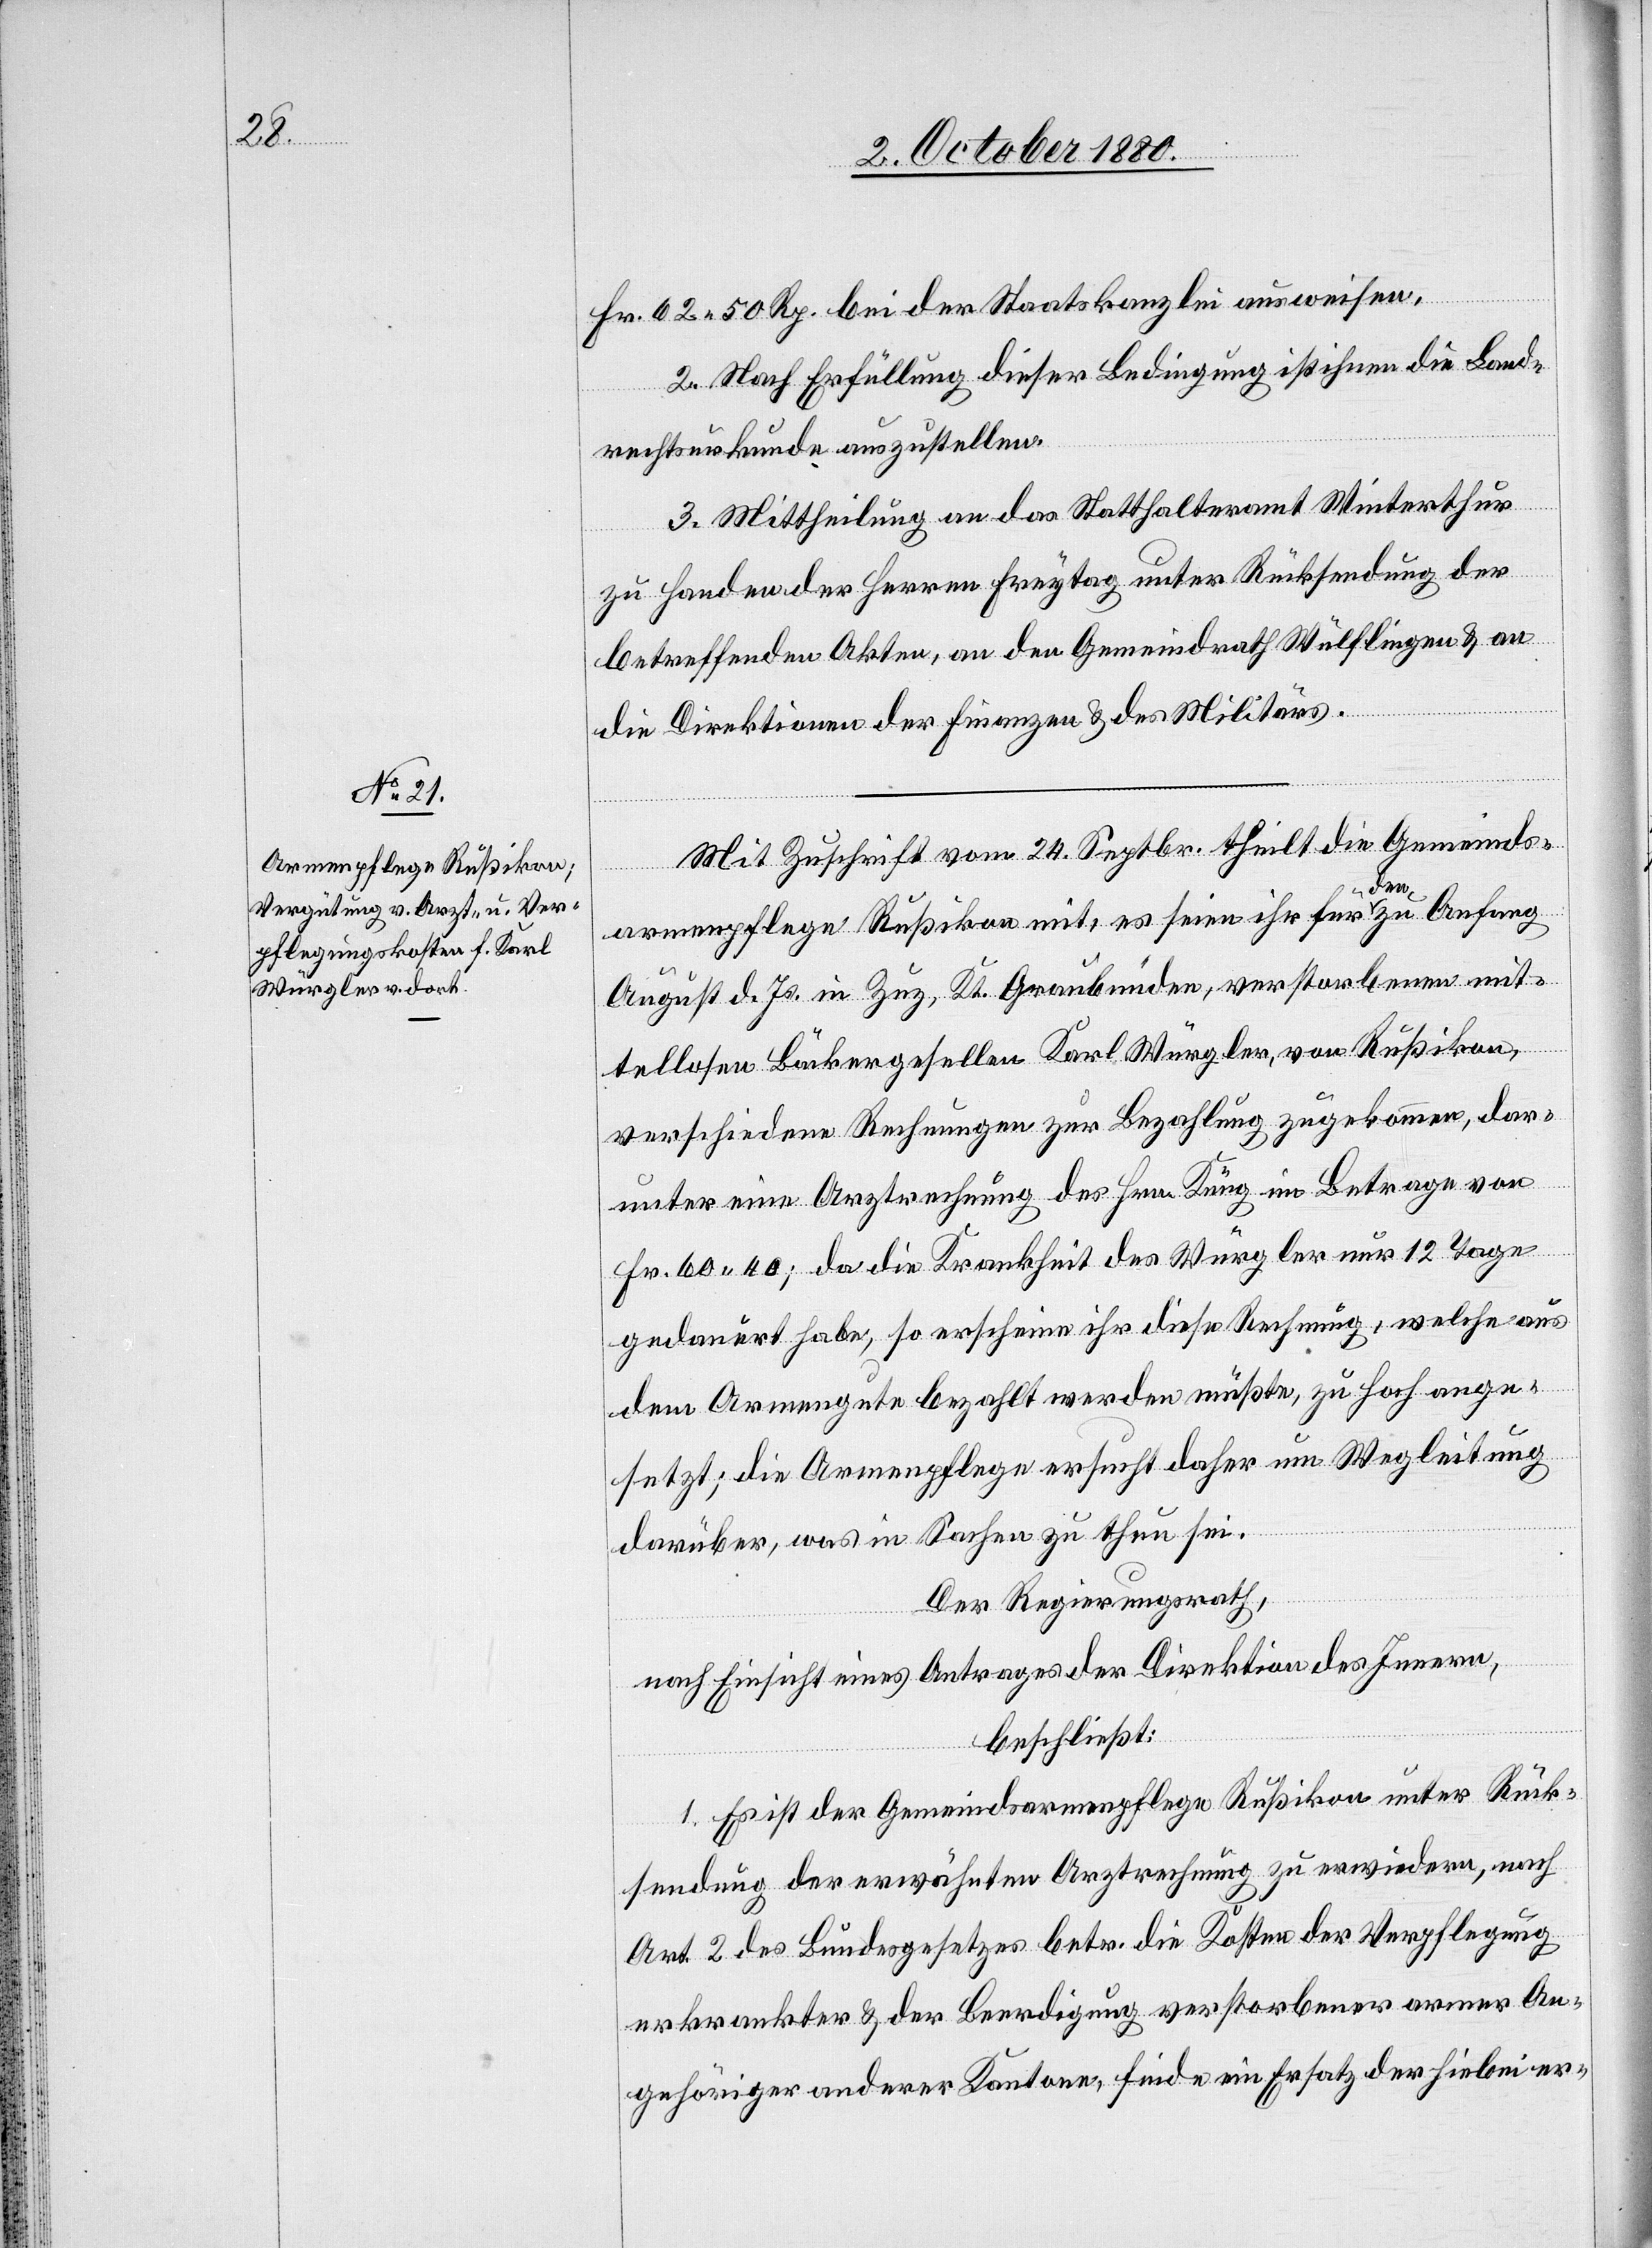
Fr. 62 50 Rp. bei der Staatskanzlei ausweisen.
2. Nach Erfüllung dieser Bedingung ist ihnen die Land¬
rechtsurkunde auszustellen.
3. Mittheilung an das Statthalteramt Winterthur
zu Handen der Herren Freytag unter Rücksendung der
betreffenden Akten, an den Gemeindrath Wülflingen & an
die Direktion der Finanzen & des Militärs.
Mit Zuschrift vom 24. Septbr. theilt die Gemeinds¬
armenpflege Rußikon mit, es seien ihr für den zu Anfang
August d. Js. in Zuz, Kt. Graubünden, verstorbenen mit¬
tellosen Bäckergesellen Karl Würgler, von Rußikon,
verschiedene Rechnungen zur Bezahlung zugekommen, dar¬
unter eine Arztrechnung des Hrn. Küng im Betrage von
Fr. 60 40; da die Krankheit des Würgler nur 12 Tage
gedauert habe, so erscheine ihr diese Rechnung, welche aus
dem Armengute bezahlt werden müßte, zu hoch ange¬
setzt; die Armenpflege ersucht daher um Wegleitung
darüber, was in Sachen zu thun sei.
Der Regierungsrath,
nach Einsicht eines Antrages der Direktion des Innern,
beschließt:
1. Es ist der Gemeindearmenpflege Rußikon unter Rück¬
sendung der erwähnten Arztrechnung zu erwidern, nach
Art. 2 des Bundesgesetzes betr. die Kosten der Verpflegung
erkrankter & der Beerdigung verstorbener armer An¬
gehöriger anderer Kantone, finde ein Ersatz der hiebei er-